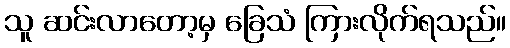
သူ ဆင်းလာတော့မှ ခြေသံ ကြားလိုက်ရသည်။